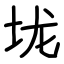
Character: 垅